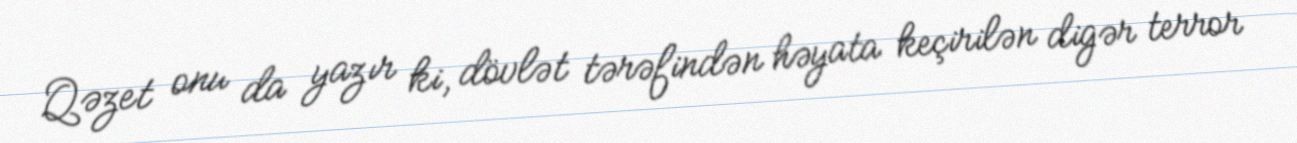
Qəzet onu da yazır ki, dövlət tərəfindən həyata keçirilən digər terror